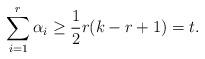
LaTeX: \begin{align*}\sum_{i=1}^{r} \alpha_i \geq \frac{1}{2}r(k-r+1) = t.\end{align*}